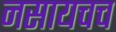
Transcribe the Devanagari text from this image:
नसायचच